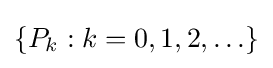
\{P_{k}:k=0,1,2,\ldots \}